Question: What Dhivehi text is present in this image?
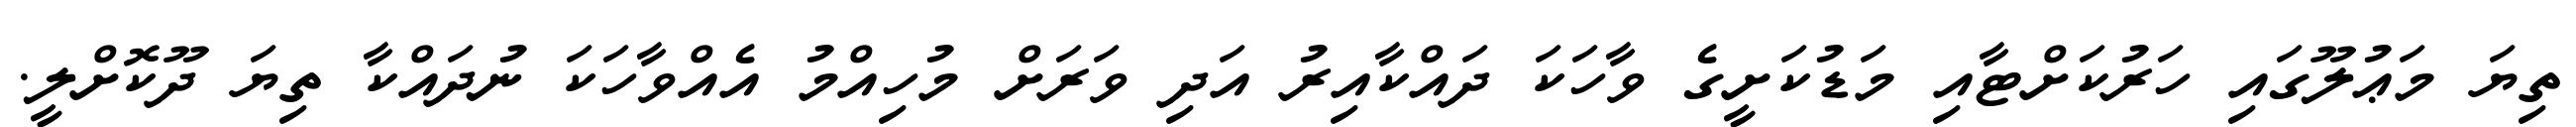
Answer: ތިޔަ މަޢުލޫގައި ހަރުކަށްޓާއި މަޑުކަށީގެ ވާހަކަ ދައްކާއިރު އަދި ވަރަށް މުހިއްމު އެއްވާހަކަ ނުދައްކާ ތިޔަ ދޫކޮށްލީ.